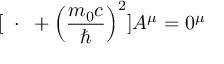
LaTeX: [ \mathbf { \partial } \cdot \mathbf { \partial } + \left( { \frac { m _ { 0 } c } { \hbar } } \right) ^ { 2 } ] A ^ { \mu } = 0 ^ { \mu }